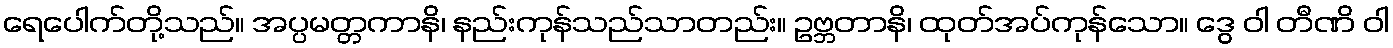
ရေပေါက်တို့သည်။ အပ္ပမတ္တကာနိ၊ နည်းကုန်သည်သာတည်း။ ဥဗ္ဘတာနိ၊ ထုတ်အပ်ကုန်သော။ ဒွေ ဝါ တီဏိ ဝါ